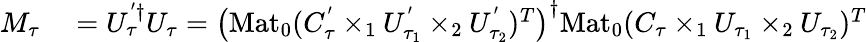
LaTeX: \begin{array}{rl}{M_{\tau}}&{{}=U_{\tau}^{'\dagger}U_{\tau}=\left(\mathrm{Mat}_{0}(C_{\tau}^{'}\times_{1}U_{\tau_{1}}^{'}\times_{2}U_{\tau_{2}}^{'})^{T}\right)^{\dagger}\mathrm{Mat}_{0}(C_{\tau}\times_{1}U_{\tau_{1}}\times_{2}U_{\tau_{2}})^{T}}\end{array}